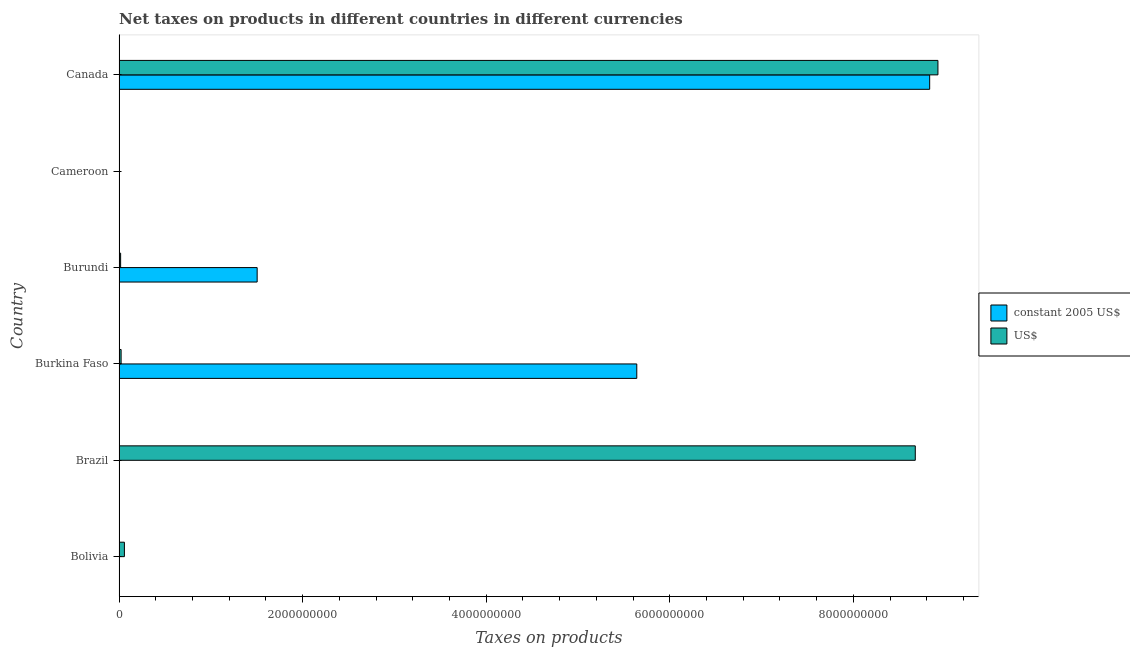
| Country | constant 2005 US$ | US$ |
 | --- | --- | --- |
 | Bolivia | 776 | 5.84e+07 |
 | Brazil | 0.0187 | 8.68e+09 |
 | Burkina Faso | 5.64e+09 | 2.24e+07 |
 | Burundi | 1.5e+09 | 1.72e+07 |
 | Cameroon | 8.54e+05 | 3.24e+03 |
 | Canada | 8.83e+09 | 8.92e+09 |